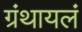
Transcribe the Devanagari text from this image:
ग्रंथायलं